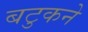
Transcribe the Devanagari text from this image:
बटुकने